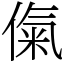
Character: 㑶